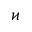
\varkappa